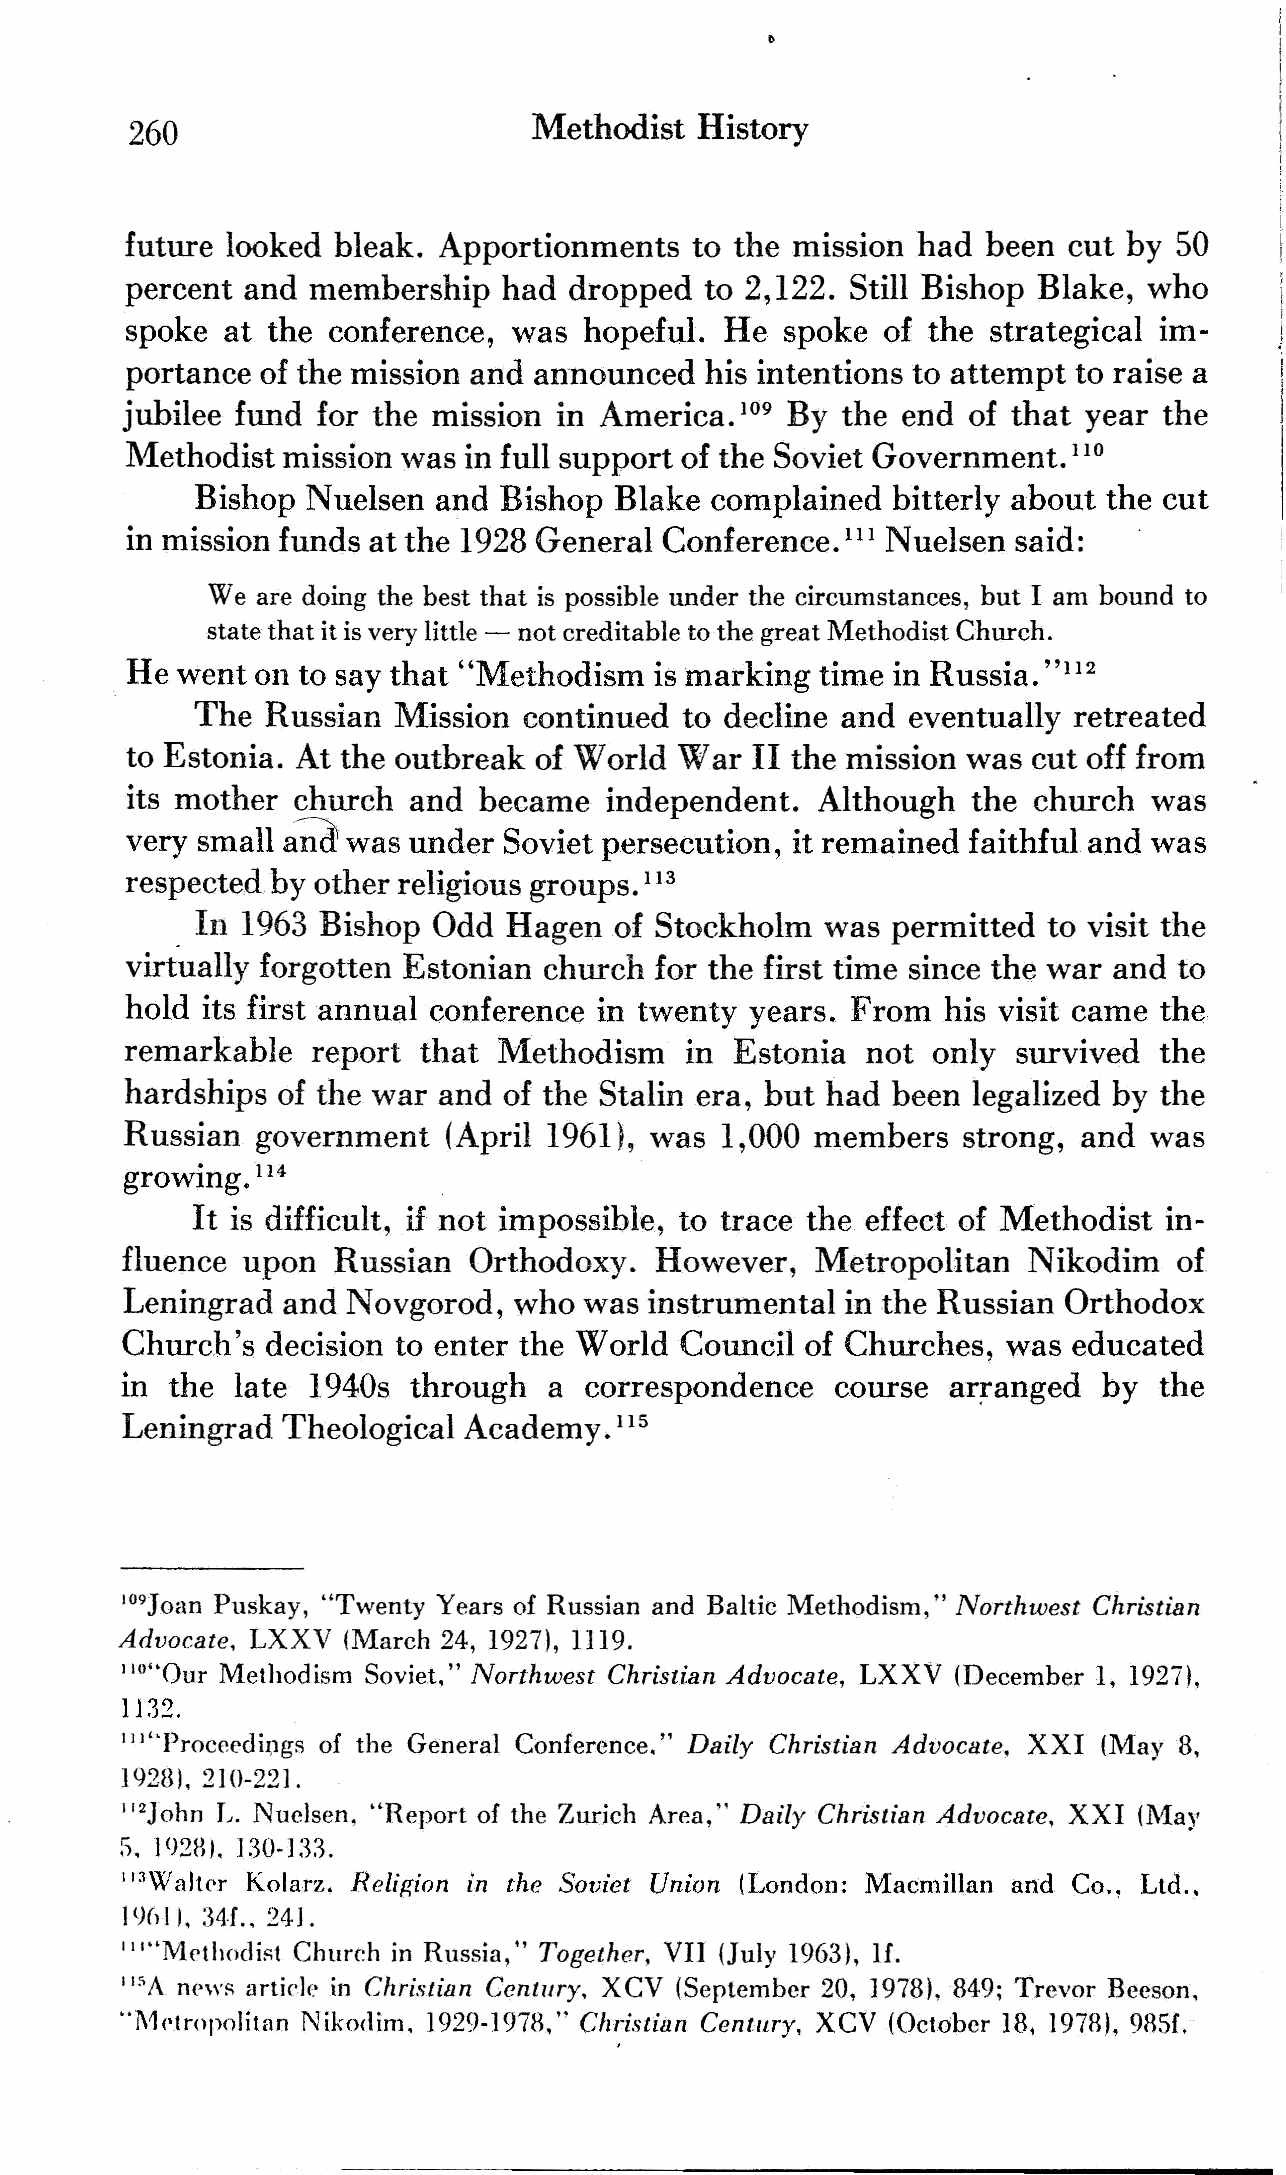
260                        Methodist  History
 future looked bleak. Apportionments   to the mission had been  cut by 50
 percent and membership   had  dropped  to 2,122. Still Bishop Blake, who
 spoke  at the conference, was  hopeful. He  spoke  of the strategical im
 portance of the mission and announced  his intentions to attempt to raise a
 jubilee fund for the mission in America. l09 By the end of that year the
 l\1ethodist mission was in full support of the Soviet Government.
 110
 Bishop Nuelsen  and Bishop  Blake complained  bitterly about the cut
 in mission funds at the 1928 General Conference.   Nuelsen said:
 III
 Weare doing the best that is possible under the circumstances, but I am bound to
 state that it is very little - not creditable to the great Methodist Church.
 He  went on to say that "Methodism is marking time in Russia.
 "112
 The  Russian Mission  continued to decline and eventually retreated
 to Estonia. At the outbreak of World War  II the mission was cut off from
 its mother church  and  became  independent.  Although  the church  was
 a~
 very small     was under Soviet persecution, it remained faithful and was
 respected.by other religious groups.
 113
 . In 1963 Bishop Odd Hagen   of Stockholm  was permitted to visit the
 virtually forgotten Estonian church for the first time since the war and to
 hold its first annual conference in twenty years. From his visit came the
 remarkable   report that Methodism   in  Estonia not  only survived  the
 hardships of the war and of the Stalin era, but had been legalized by the
 Russian  government   (April 1961), was 1,000 members   strong, and was
 growing.
 114
 It is difficult, if not impossible, to trace the effect of Methodist in
 fluence upon  Russian  Orthodoxy.  However,   Metropolitan  Nikodim   of
 Leningrad  and Novgorod,  who  was instrumental in the Russian Orthodox
 Church's  decision to enter the World Council of Churches, was educated
 in the late 1940s  through  a  correspondence  course  arranged  by  the
 Leningrad  Theological Academy.
 115
 I09Joan Puskay, "Twenty Years of Russian and Baltic Methodism," Northwest Christian
 Advocate, LXXV (March 24, 1927), In9.
 IIO"Our Methodism Soviet," Northwest Christian Advocate, LXXV (December 1, 1927),
 1132.
 "·Proceedi.l,1gs of the General Conference." Daily Christian Advocate, XXI (May 8,
 IJ
 19281,210-221.
 l'2John L. Nuclsen, "Report of the Zurich Area," Daily Christian Advocate, XXI (l\1ay
 S. 1928I. 130·];13.
 a!tC'r Kolarz, Religion in the Soviet Union (London: Macmillan and Co., Ltd.,
 113\Xl
 IlJClIl, :34·f.. 241.
 111"MC'thodis{ Chureh in Russia," Together, VII (July 1963), If.
 news article in Christian Century. XCV (September 20, 1978), 849; Trevor Beeson,
 II:iA
 "1\1('tropoJitan Nikodim, 1929-1978," Christian Century, XCV (October 18, 19781, 98Sf.
 -------------------------
 --~-_ ~_.
 ....